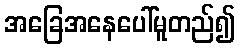
အခြေအနေပေါ်မူတည်၍